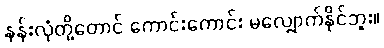
နန်းလုံတို့တောင် ကောင်းကောင်း မလျှောက်နိုင်ဘူး။